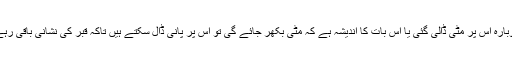
اسی طرح قبر کی خاک بکھر گئی ہو اور اب دوبارہ اس پر مٹی ڈالی گئی یا اس بات کا اندیشہ ہے کہ مٹی بکھر جائے گی تو اس پر پانی ڈال سکتے ہیں تاکہ قبر کی نشانی باقی رہے ، بلاوجہ ہر گز نہ ڈالا جائے کہ اسراف ہے ۔